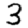
Digit: 3